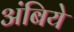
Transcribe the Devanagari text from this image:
अंबिये